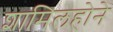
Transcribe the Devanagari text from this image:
शामिलहोने